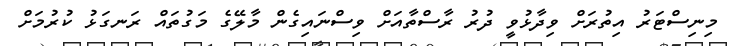
މިނިސްޓަރު އިތުރަށް ވިދާޅުވީ ދުރު ރާސްތާއަށް ވިސްނައިގެން މާލޭގެ މަގުތައް ރަނގަޅު ކުރުމަށް